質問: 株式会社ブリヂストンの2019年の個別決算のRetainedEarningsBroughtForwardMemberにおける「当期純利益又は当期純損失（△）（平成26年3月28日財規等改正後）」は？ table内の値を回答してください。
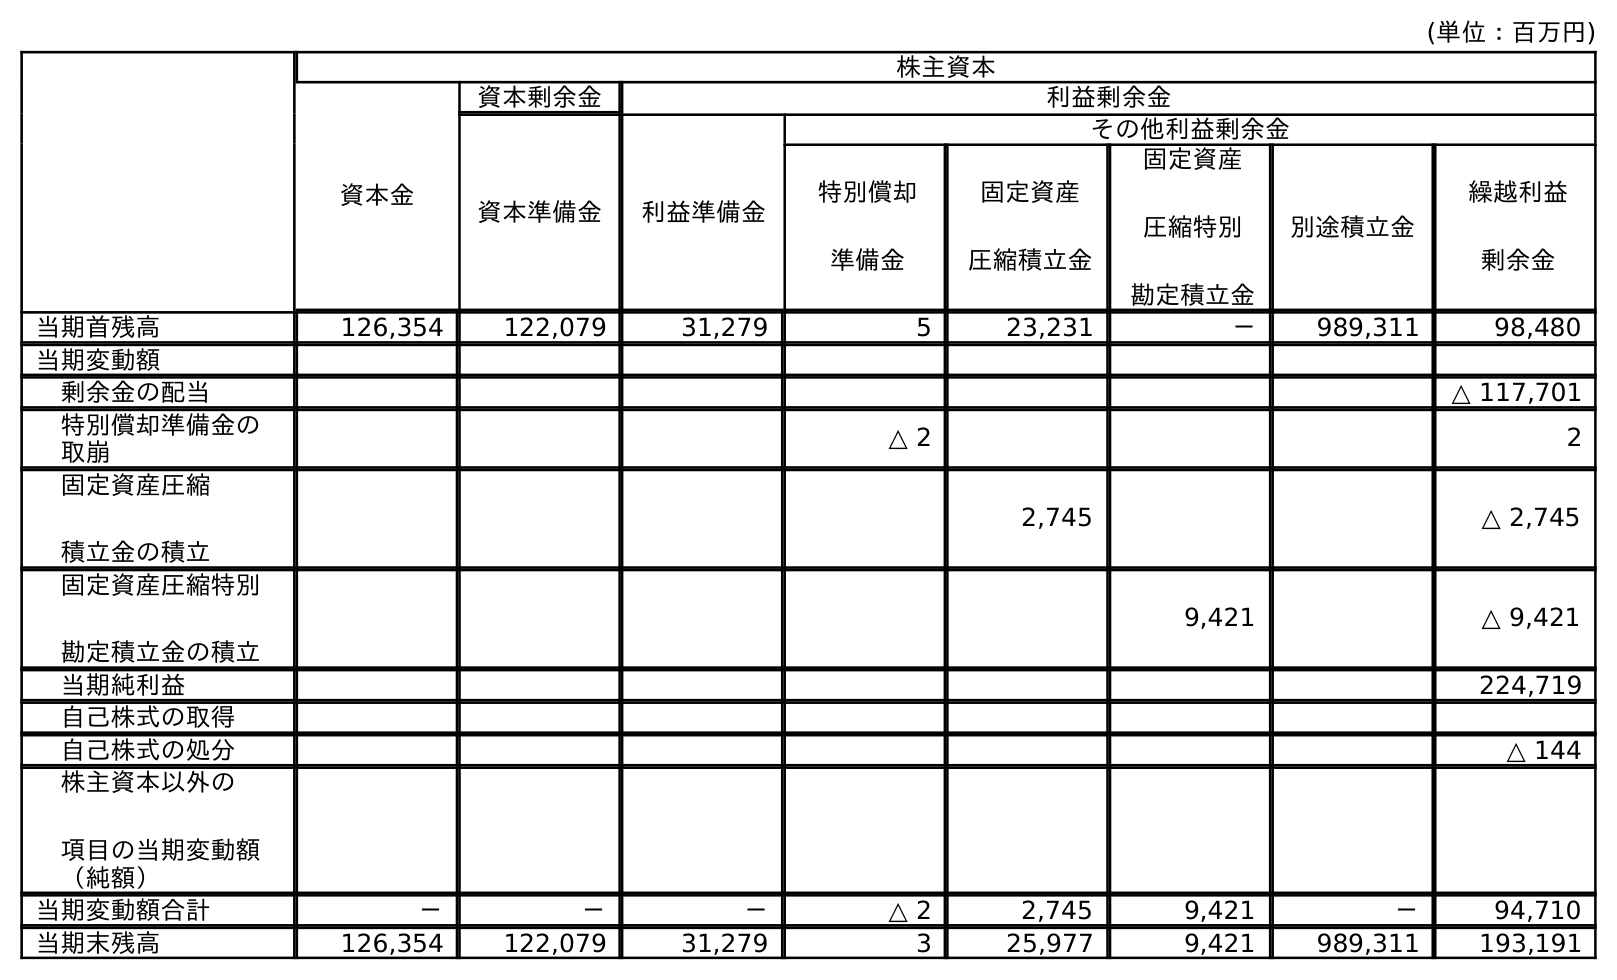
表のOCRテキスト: (単位：百万円) 株主資本 資本金 資本剰余金 利益剰余金 資本準備金 利益準備金 その他利益剰余金 特別償却 準備金 固定資産 圧縮積立金 固定資産 圧縮特別 勘定積立金 別途積立金 繰越利益 剰余金 当期首残高 126,354 122,079 31,279 5 23,231 － 989,311 98,480 当期変動額 剰余金の配当 △ 117,701 特別償却準備金の 取崩 △ 2 2 固定資産圧縮 積立金の積立 2,745 △ 2,745 固定資産圧縮特別 勘定積立金の積立 9,421 △ 9,421 当期純利益 224,719 自己株式の取得 自己株式の処分 △ 144 株主資本以外の 項目の当期変動額 （純額） 当期変動額合計 － － － △ 2 2,745 9,421 － 94,710 当期末残高 126,354 122,079 31,279 3 25,977 9,421 989,311 193,191
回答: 224,719